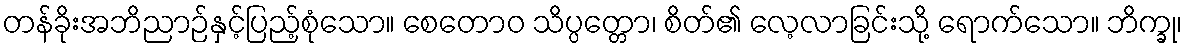
တန်ခိုးအဘိညာဉ်နှင့်ပြည့်စုံသော။ စေတောဝ သိပ္ပတ္တော၊ စိတ်၏ လေ့လာခြင်းသို့ ရောက်သော။ ဘိက္ခု၊